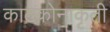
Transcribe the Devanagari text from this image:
काटकोनाकृती